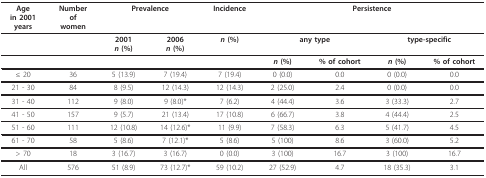
<table><thead><tr><td><b>Agein 2001years</b></td><td><b>Numberofwomen</b></td><td colspan="2"><b>Prevalence</b></td><td><b>Incidence</b></td><td colspan="4"><b>Persistence</b></td></tr></thead><tbody><tr><td></td><td></td><td><b>2001</b><b><i>n </i>(%)</b></td><td><b>2006</b><b><i>n </i>(%)</b></td><td><b><i>n </i>(%)</b></td><td colspan="2"><b>any type</b></td><td colspan="2"><b>type-specific</b></td></tr><tr><td></td><td></td><td></td><td></td><td></td><td><b><i>n </i>(%)</b></td><td><b>% of cohort</b></td><td><b><i>n </i>(%)</b></td><td><b>% of cohort</b></td></tr><tr><td>≤ 20</td><td>36</td><td>5 (13.9)</td><td>7 (19.4)</td><td>7 (19.4)</td><td>0 (0.0)</td><td>0.0</td><td>0 (0.0)</td><td>0.0</td></tr><tr><td>21 - 30</td><td>84</td><td>8 (9.5)</td><td>12 (14.3)</td><td>12 (14.3)</td><td>2 (25.0)</td><td>2.4</td><td>0 (0.0)</td><td>0.0</td></tr><tr><td>31 - 40</td><td>112</td><td>9 (8.0)</td><td>9 (8.0)*</td><td>7 (6.2)</td><td>4 (44.4)</td><td>3.6</td><td>3 (33.3)</td><td>2.7</td></tr><tr><td>41 - 50</td><td>157</td><td>9 (5.7)</td><td>21 (13.4)</td><td>17 (10.8)</td><td>6 (66.7)</td><td>3.8</td><td>4 (44.4)</td><td>2.5</td></tr><tr><td>51 - 60</td><td>111</td><td>12 (10.8)</td><td>14 (12.6)*</td><td>11 (9.9)</td><td>7 (58.3)</td><td>6.3</td><td>5 (41.7)</td><td>4.5</td></tr><tr><td>61 - 70</td><td>58</td><td>5 (8.6)</td><td>7 (12.1)*</td><td>5 (8.6)</td><td>5 (100)</td><td>8.6</td><td>3 (60.0)</td><td>5.2</td></tr><tr><td>&gt; 70</td><td>18</td><td>3 (16.7)</td><td>3 (16.7)</td><td>0 (0.0)</td><td>3 (100)</td><td>16.7</td><td>3 (100)</td><td>16.7</td></tr><tr><td>All</td><td>576</td><td>51 (8.9)</td><td>73 (12.7)*</td><td>59 (10.2)</td><td>27 (52.9)</td><td>4.7</td><td>18 (35.3)</td><td>3.1</td></tr></tbody></table>